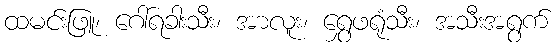
ထမင်းဖြူ၊ ဂေါ်ရခါးသီး၊ အာလူး၊ ရွှေဖရုံသီး၊ အသီးအရွက်